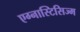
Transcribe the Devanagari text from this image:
एग्नास्टिसिज्म